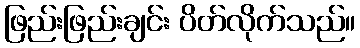
ဖြည်းဖြည်းချင်း ပိတ်လိုက်သည်။